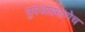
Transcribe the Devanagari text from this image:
घुबडाप्रमाणेच